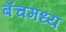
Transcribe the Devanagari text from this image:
बॅचमध्य